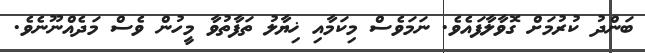
ބަންދު ކުރުމަށް ގޮވާލާފައެވެ. ނަމަވެސް މިކަމާއި ޚިޔާލު ތަފާތުވާ މީހުން ވެސް މަދެއްނޫނެވެ.